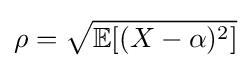
\rho ={\sqrt {\mathbb {E} [(X-\alpha )^{2}]}}